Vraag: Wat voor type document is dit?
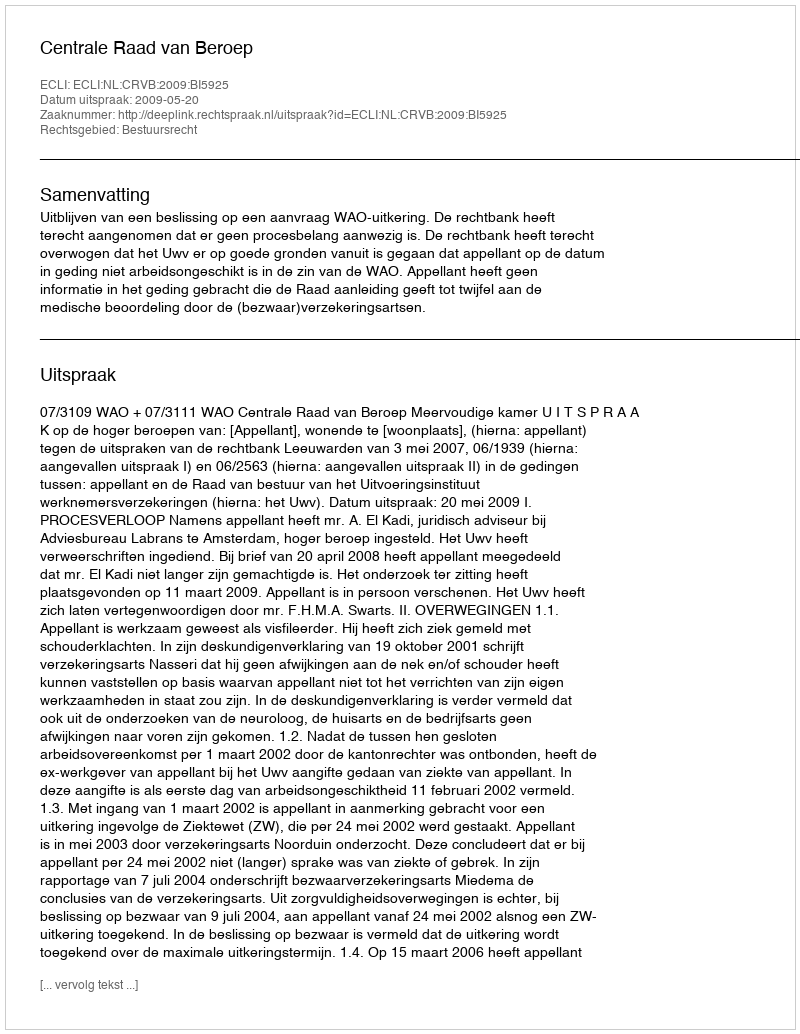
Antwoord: Uitspraak